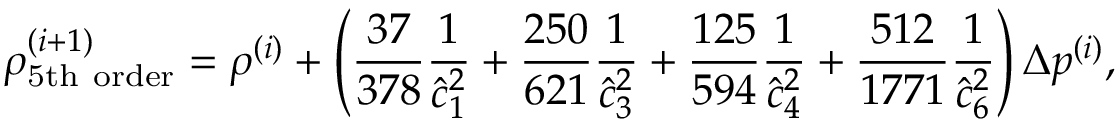
\rho _ { \mathrm { 5 t h ~ o r d e r } } ^ { ( i + 1 ) } = \rho ^ { ( i ) } + \left( \frac { 3 7 } { 3 7 8 } \frac { 1 } { \hat { c } _ { 1 } ^ { 2 } } + \frac { 2 5 0 } { 6 2 1 } \frac { 1 } { \hat { c } _ { 3 } ^ { 2 } } + \frac { 1 2 5 } { 5 9 4 } \frac { 1 } { \hat { c } _ { 4 } ^ { 2 } } + \frac { 5 1 2 } { 1 7 7 1 } \frac { 1 } { \hat { c } _ { 6 } ^ { 2 } } \right) \Delta p ^ { ( i ) } ,